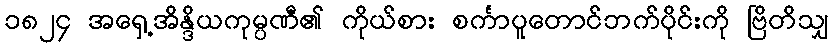
၁၈၂၄ အရှေ့အိန္ဒိယကုမ္ပဏီ၏ ကိုယ်စား စင်္ကာပူတောင်ဘက်ပိုင်းကို ဗြိတိသျှ